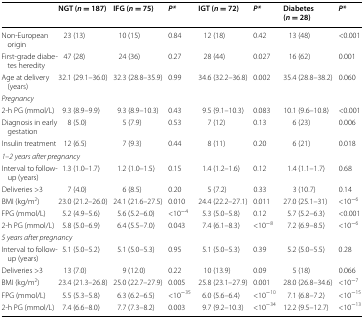
<table><thead><tr><td></td><td><b>NGT (<i>n</i> = 187)</b></td><td><b>IFG (<i>n</i> = 75)</b></td><td><b><i>P*</i></b></td><td><b>IGT (<i>n</i> = 72)</b></td><td><b><i>P*</i></b></td><td><b>Diabetes (<i>n</i> = 28)</b></td><td><b><i>P</i>*</b></td></tr></thead><tbody><tr><td>Non-European origin</td><td>23 (13)</td><td>10 (15)</td><td>0.84</td><td>12 (18)</td><td>0.42</td><td>13 (48)</td><td>&lt;0.001</td></tr><tr><td>First-grade diabetes heredity</td><td>47 (28)</td><td>24 (36)</td><td>0.27</td><td>28 (44)</td><td>0.027</td><td>16 (62)</td><td>0.001</td></tr><tr><td>Age at delivery (years)</td><td>32.1 (29.1–36.0)</td><td>32.3 (28.8–35.9)</td><td>0.99</td><td>34.6 (32.2–36.8)</td><td>0.002</td><td>35.4 (28.8–38.2)</td><td>0.060</td></tr><tr><td colspan="8"><i>Pregnancy</i></td></tr><tr><td>2-h PG (mmol/L)</td><td>9.3 (8.9–9.9)</td><td>9.3 (8.9–10.3)</td><td>0.43</td><td>9.5 (9.1–10.3)</td><td>0.083</td><td>10.1 (9.6–10.8)</td><td>&lt;0.001</td></tr><tr><td>Diagnosis in early gestation</td><td>8 (5.0)</td><td>5 (7.9)</td><td>0.53</td><td>7 (12)</td><td>0.13</td><td>6 (23)</td><td>0.006</td></tr><tr><td>Insulin treatment</td><td>12 (6.5)</td><td>7 (9.3)</td><td>0.44</td><td>8 (11)</td><td>0.20</td><td>6 (21)</td><td>0.018</td></tr><tr><td colspan="8"><i>1</i>–<i>2</i> <i>years after pregnancy</i></td></tr><tr><td>Interval to follow-up (years)</td><td>1.3 (1.0–1.7)</td><td>1.2 (1.0–1.5)</td><td>0.15</td><td>1.4 (1.2–1.6)</td><td>0.12</td><td>1.4 (1.1–1.7)</td><td>0.68</td></tr><tr><td>Deliveries &gt;3</td><td>7 (4.0)</td><td>6 (8.5)</td><td>0.20</td><td>5 (7.2)</td><td>0.33</td><td>3 (10.7)</td><td>0.14</td></tr><tr><td>BMI (kg/m<sup>2</sup>)</td><td>23.0 (21.2–26.0)</td><td>24.1 (21.6–27.5)</td><td>0.010</td><td>24.4 (22.2–27.1)</td><td>0.011</td><td>27.0 (25.1–31)</td><td>&lt;10<sup>−6</sup></td></tr><tr><td>FPG (mmol/L)</td><td>5.2 (4.9–5.6)</td><td>5.6 (5.2–6.0)</td><td>&lt;10<sup>−4</sup></td><td>5.3 (5.0–5.8)</td><td>0.12</td><td>5.7 (5.2–6.3)</td><td>&lt;0.001</td></tr><tr><td>2-h PG (mmol/L)</td><td>5.8 (5.0–6.9)</td><td>6.4 (5.5–7.0)</td><td>0.043</td><td>7.4 (6.1–8.3)</td><td>&lt;10<sup>−8</sup></td><td>7.2 (6.9–8.5)</td><td>&lt;10<sup>−6</sup></td></tr><tr><td colspan="8"><i>5</i> <i>years after pregnancy</i></td></tr><tr><td>Interval to follow-up (years)</td><td>5.1 (5.0–5.2)</td><td>5.1 (5.0–5.3)</td><td>0.95</td><td>5.1 (5.0–5.3)</td><td>0.39</td><td>5.2 (5.0–5.5)</td><td>0.28</td></tr><tr><td>Deliveries &gt;3</td><td>13 (7.0)</td><td>9 (12.0)</td><td>0.22</td><td>10 (13.9)</td><td>0.09</td><td>5 (18)</td><td>0.066</td></tr><tr><td>BMI (kg/m<sup>2</sup>)</td><td>23.4 (21.3–26.8)</td><td>25.0 (22.7–27.9)</td><td>0.005</td><td>25.8 (23.1–27.9)</td><td>0.001</td><td>28.0 (26.8–34.6)</td><td>&lt;10<sup>−7</sup></td></tr><tr><td>FPG (mmol/L)</td><td>5.5 (5.3–5.8)</td><td>6.3 (6.2–6.5)</td><td>&lt;10<sup>−35</sup></td><td>6.0 (5.6–6.4)</td><td>&lt;10<sup>−10</sup></td><td>7.1 (6.8–7.2)</td><td>&lt;10<sup>−15</sup></td></tr><tr><td>2-h PG (mmol/L)</td><td>7.4 (6.6–8.0)</td><td>7.7 (7.3–8.2)</td><td>0.003</td><td>9.7 (9.2–10.3)</td><td>&lt;10<sup>−34</sup></td><td>12.2 (9.5–12.7)</td><td>&lt;10<sup>−13</sup></td></tr></tbody></table>